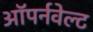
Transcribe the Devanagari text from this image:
ऑपर्नवेल्ट